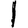
Digit: 1